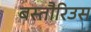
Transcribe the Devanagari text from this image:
बस्तौरिउस